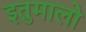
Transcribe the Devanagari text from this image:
इतुमालो